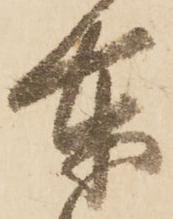
奉